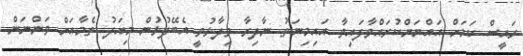
ރައީސް ކަމަށް އައްޔަންކުރައްވާފައިވާ އައިމިނަތު ނާދިރާ ވިދާޅުވީ އެބޭފުޅުން މިއަދު ތެމާއަށް ވަންނަން